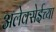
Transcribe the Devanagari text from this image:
अलेक्सेईच्या